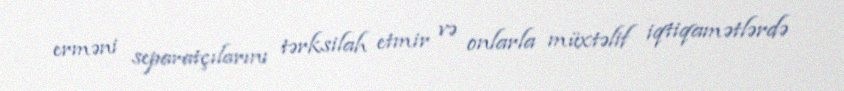
erməni separatçılarını tərksilah etmir və onlarla müxtəlif iqtiqamətlərdə